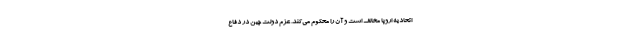
اتحادیه اروپا مخالف است و آن را محکوم می‌کند. عزم دولت چین در دفاع